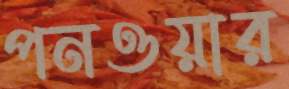
পনওয়ার